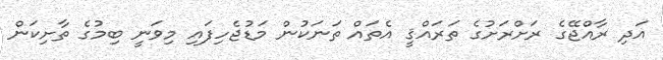
އަދި ރާއްޖޭގެ ރަށްރަށުގެ ތަރައްޤީ އެތައް ތަނަކުން މަޑުޖެހިފައި މިވަނީ ބިމުގެ ތާށިކަން